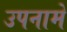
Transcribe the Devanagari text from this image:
उपनामे